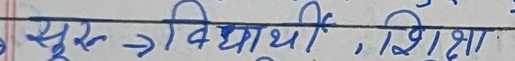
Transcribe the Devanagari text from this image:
सुरु → विद्यार्थी , शिक्षा